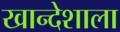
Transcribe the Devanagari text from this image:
खान्देशाला